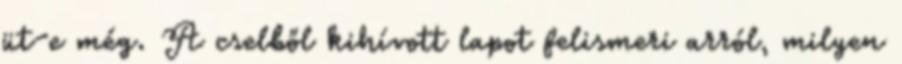
üt-e még. A cselből kihívott lapot felismeri arról, milyen